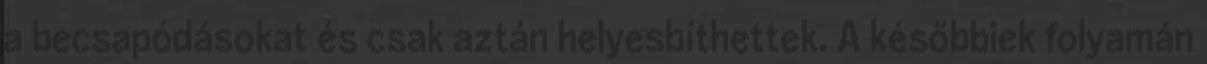
a becsapódásokat és csak aztán helyesbíthettek. A későbbiek folyamán